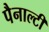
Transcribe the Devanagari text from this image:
पैनाल्टी